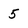
Character: 5